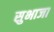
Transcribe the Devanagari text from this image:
सुभाजा